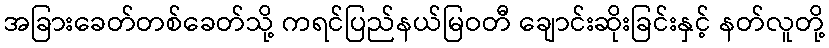
အခြားခေတ်တစ်ခေတ်သို့ ကရင်ပြည်နယ်မြဝတီ ချောင်းဆိုးခြင်းနှင့် နတ်လူတို့